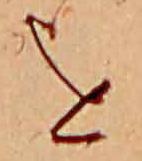
を